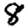
Digit: 8